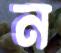
ন